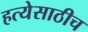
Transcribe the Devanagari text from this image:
हत्येसाठीच